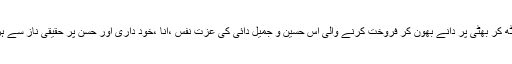
سر راہ زمین پر بیٹھ کر بھٹی پر دانے بھون کر فروخت کرنے والی اس حسین و جمیل دائی کی عزت نفس ،انا ،خود داری اور حسن پر حقیقی ناز سے ہر شخص متاثر تھا۔